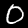
Digit: 0